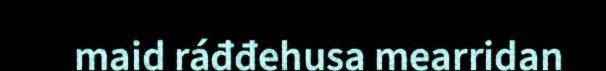
maid ráđđehusa mearridan